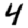
Digit: 4